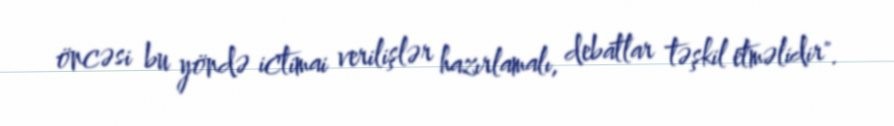
öncəsi bu yöndə ictimai verilişlər hazırlamalı, debatlar təşkil etməlidir".